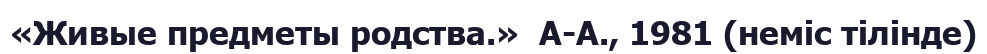
«Живые предметы родства.»  А-А., 1981 (неміс тілінде)